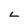
Character: L